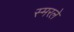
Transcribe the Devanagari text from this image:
स्मरले